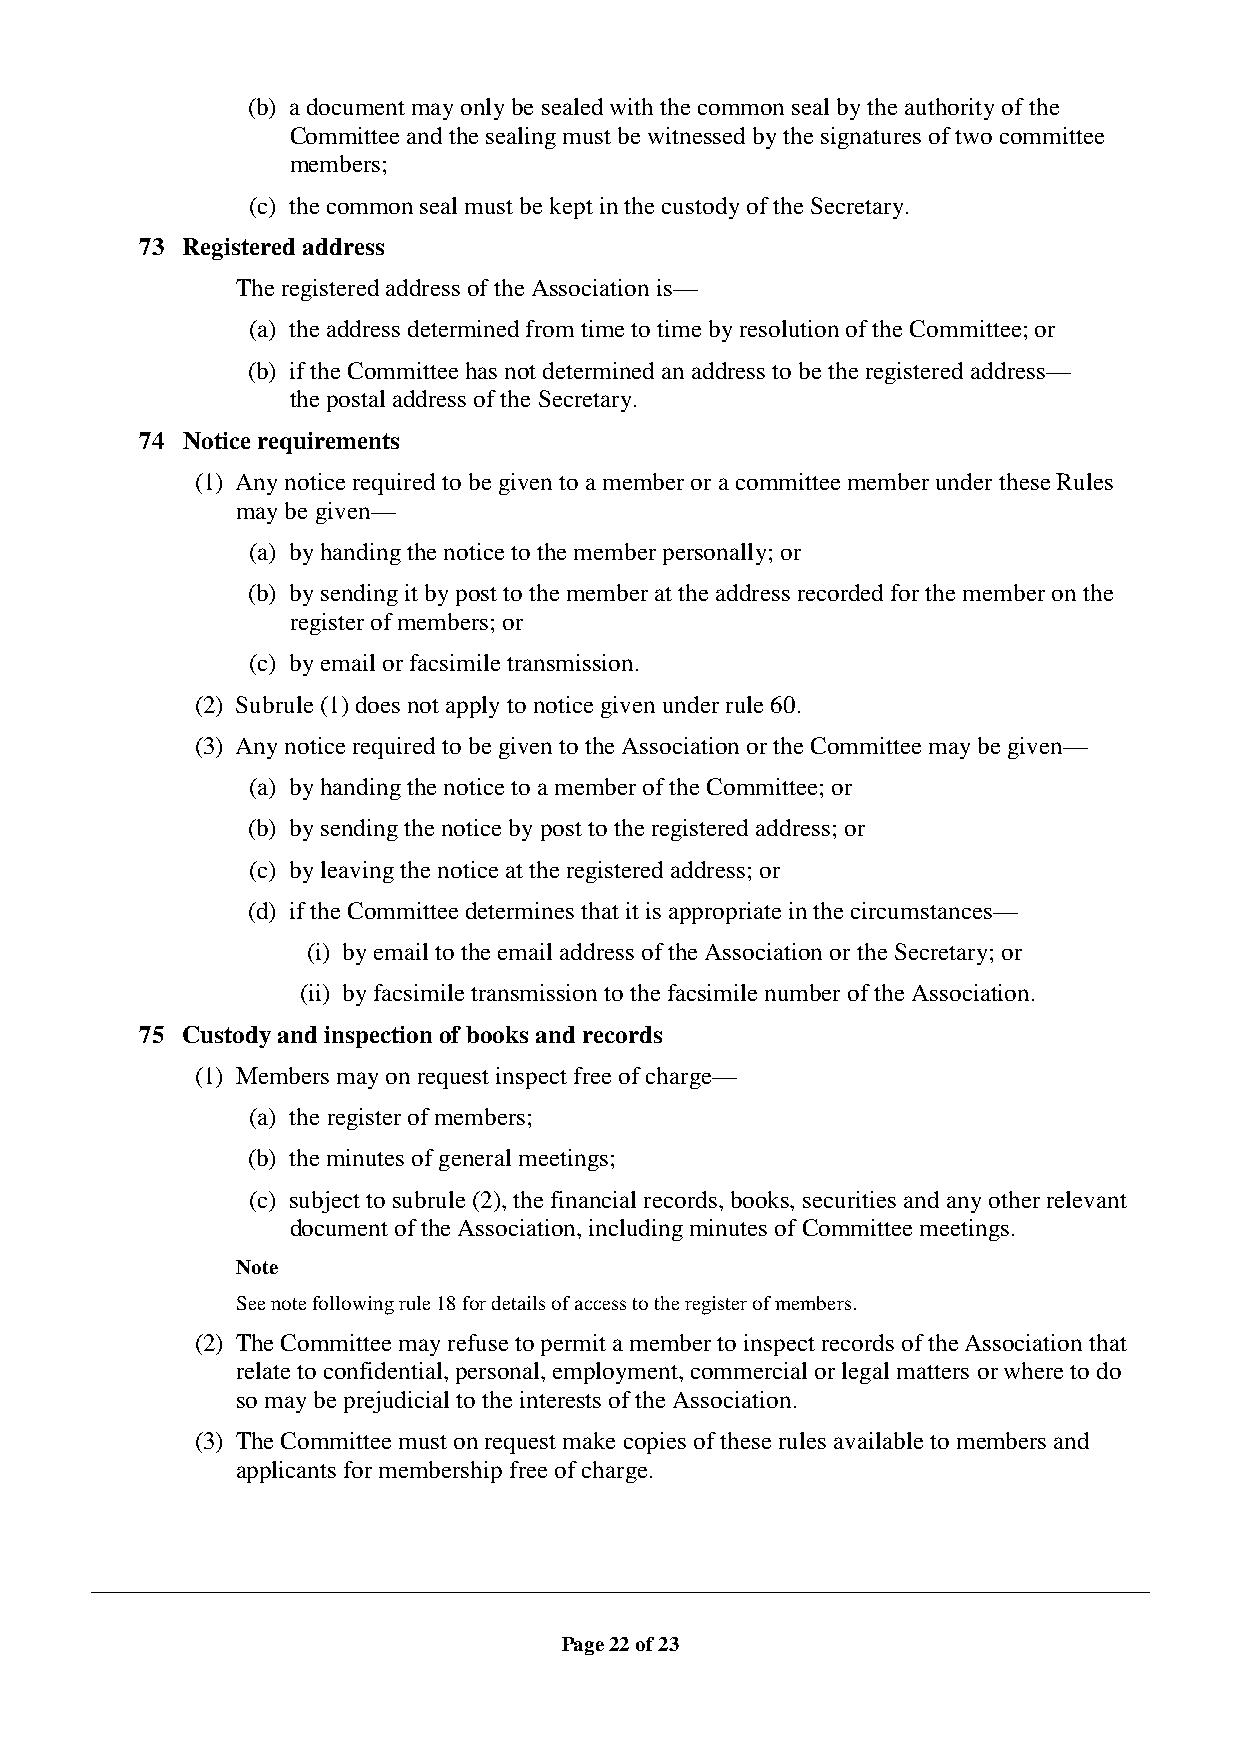
(b) a document may only be sealed with the common seal by the authority of the
 Committee and the sealing must be witnessed by the signatures of two committee
 members;
 (c) the common seal must be kept in the custody of the Secretary.
 73 Registered address
 The registered address of the Association is—
 (a) the address determined from time to time by resolution of the Committee; or
 (b) if the Committee has not determined an address to be the registered address—
 the postal address of the Secretary.
 74 Notice requirements
 (1) Any notice required to be given to a member or a committee member under these Rules
 may be given—
 (a) by handing the notice to the member personally; or
 (b) by sending it by post to the member at the address recorded for the member on the
 register of members; or
 (c) by email or facsimile transmission.
 (2) Subrule (1) does not apply to notice given under rule 60.
 (3) Any notice required to be given to the Association or the Committee may be given—
 (a) by handing the notice to a member of the Committee; or
 (b) by sending the notice by post to the registered address; or
 (c) by leaving the notice at the registered address; or
 (d) if the Committee determines that it is appropriate in the circumstances—
 (i) by email to the email address of the Association or the Secretary; or
 (ii) by facsimile transmission to the facsimile number of the Association.
 75 Custody and inspection of books and records
 (1) Members may on request inspect free of charge—
 (a) the register of members;
 (b) the minutes of general meetings;
 (c) subject to subrule (2), the financial records, books, securities and any other relevant
 document of the Association, including minutes of Committee meetings.
 Note
 See note following rule 18 for details of access to the register of members.
 (2) The Committee may refuse to permit a member to inspect records of the Association that
 relate to confidential, personal, employment, commercial or legal matters or where to do
 so may be prejudicial to the interests of the Association.
 (3) The Committee must on request make copies of these rules available to members and
 applicants for membership free of charge.
 Page 22 of 23